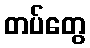
တပ်တွေ